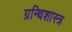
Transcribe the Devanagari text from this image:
ग्रन्थिशास्त्र